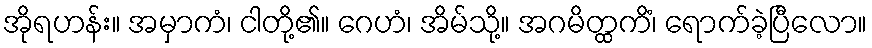
အိုရဟန်း။ အမှာကံ၊ ငါတို့၏။ ဂေဟံ၊ အိမ်သို့။ အဂမိတ္ထကိံ၊ ရောက်ခဲ့ပြီလော။